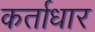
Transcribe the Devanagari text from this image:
कर्ताधार